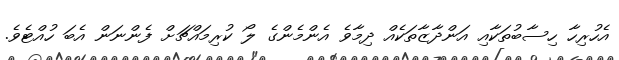
އެހުރިހާ ހިސާބުތަކާއި އަންދާޒާތަކެއް ދިމާވެ އެންމެންގެ ލޯ ކުރިމައްޗަށް ފެންނަން އެބަ ހުއްޓެވެ.